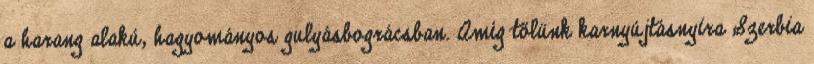
a harang alakú, hagyományos gulyásbográcsban. Amíg tőlünk karnyújtásnyira Szerbia